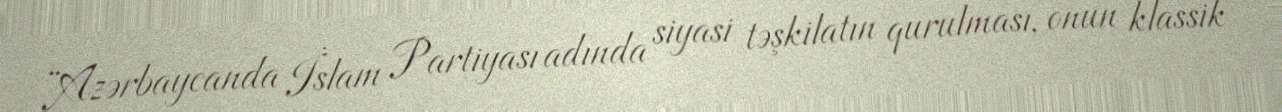
“Azərbaycanda İslam Partiyası adında siyasi təşkilatın qurulması, onun klassik